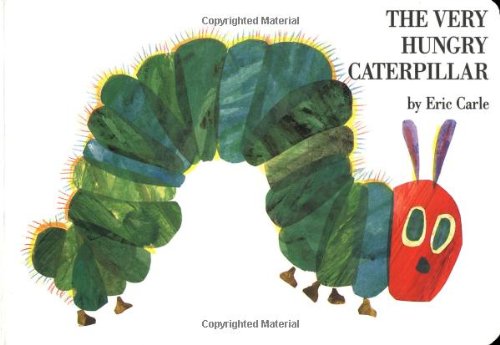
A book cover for The Very Hungry Caterpillar; Eric Carle; Children's Books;